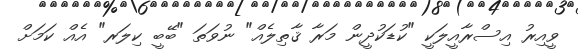
ވީއިރު އިސްރާއީލަކީ "ކުޑަކުދީން މަރާ ޤާތިލެއް" ނުވަތަ "ބޭބީ ކިލަރ" އެއް ކަމަށް